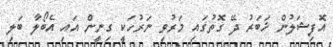
އޮފިޝަލުން ޚަބަރު ދޭ ގޮތުގައި މަރުވި ނަރުހަކީ ގިނީން އައި އެބޯލާ ބަލި